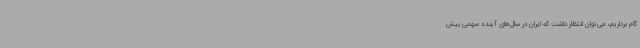
گام برداریم، می‌توان انتظار داشت که ایران در سال‌های آینده سهمی بیش